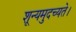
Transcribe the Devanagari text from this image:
शून्यमुदच्यते।